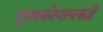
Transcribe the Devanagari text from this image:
ट्लाकोपानकडे